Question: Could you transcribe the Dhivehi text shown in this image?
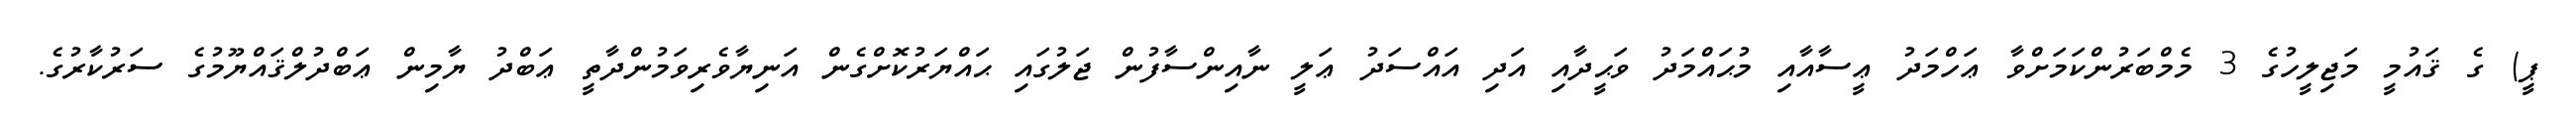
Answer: ޕީ) ގެ ޤައުމީ މަޖިލީހުގެ 3 މެމްބަރުންކަމަށްވާ ޢަހްމަދު ޢީސާއާއި މުޙައްމަދު ވަޙީދާއި އަދި އައްސަދު ޢަލީ ނާއިންސާފުން ޖަލުގައި ޙައްޔަރުކޮށްގެން އަނިޔާވެރިވަމުންދާތީ ޢަބްދު ޔާމިން ޢަބްދުލްޤައްޔޫމުގެ ސަރުކާރުގެ.